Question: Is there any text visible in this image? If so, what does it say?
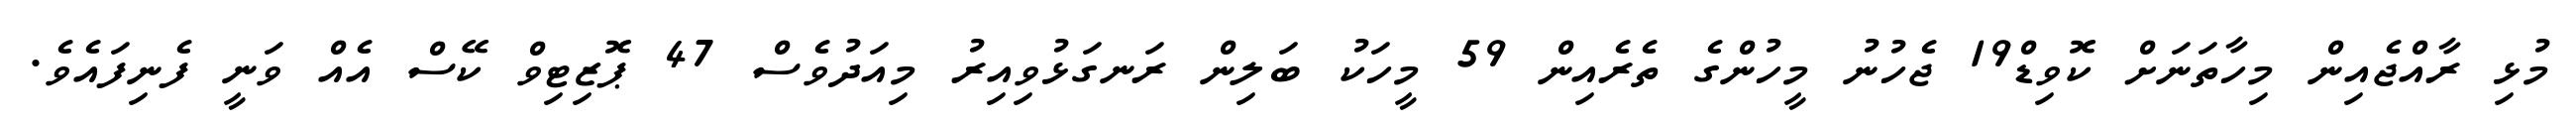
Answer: މުޅި ރާއްޖެއިން މިހާތަނަށް ކޮވިޑް19 ޖެހުނު މީހުންގެ ތެރެއިން 59 މީހަކު ބަލިން ރަނގަޅުވިއިރު މިއަދުވެސް 47 ޕޮޒިޓިވް ކޭސް އެއް ވަނީ ފެނިފައެވެ.